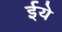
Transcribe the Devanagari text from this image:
ईये